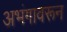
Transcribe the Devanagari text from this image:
अभंगावरून